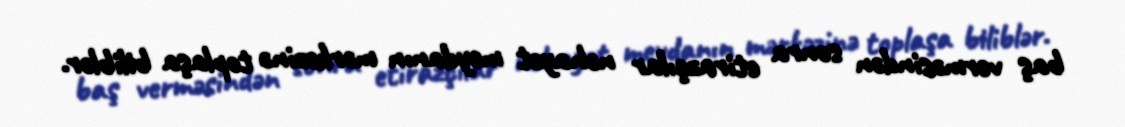
baş verməsindən sonra etirazçılar nəhayət meydanın mərkəzinə toplaşa biliblər.